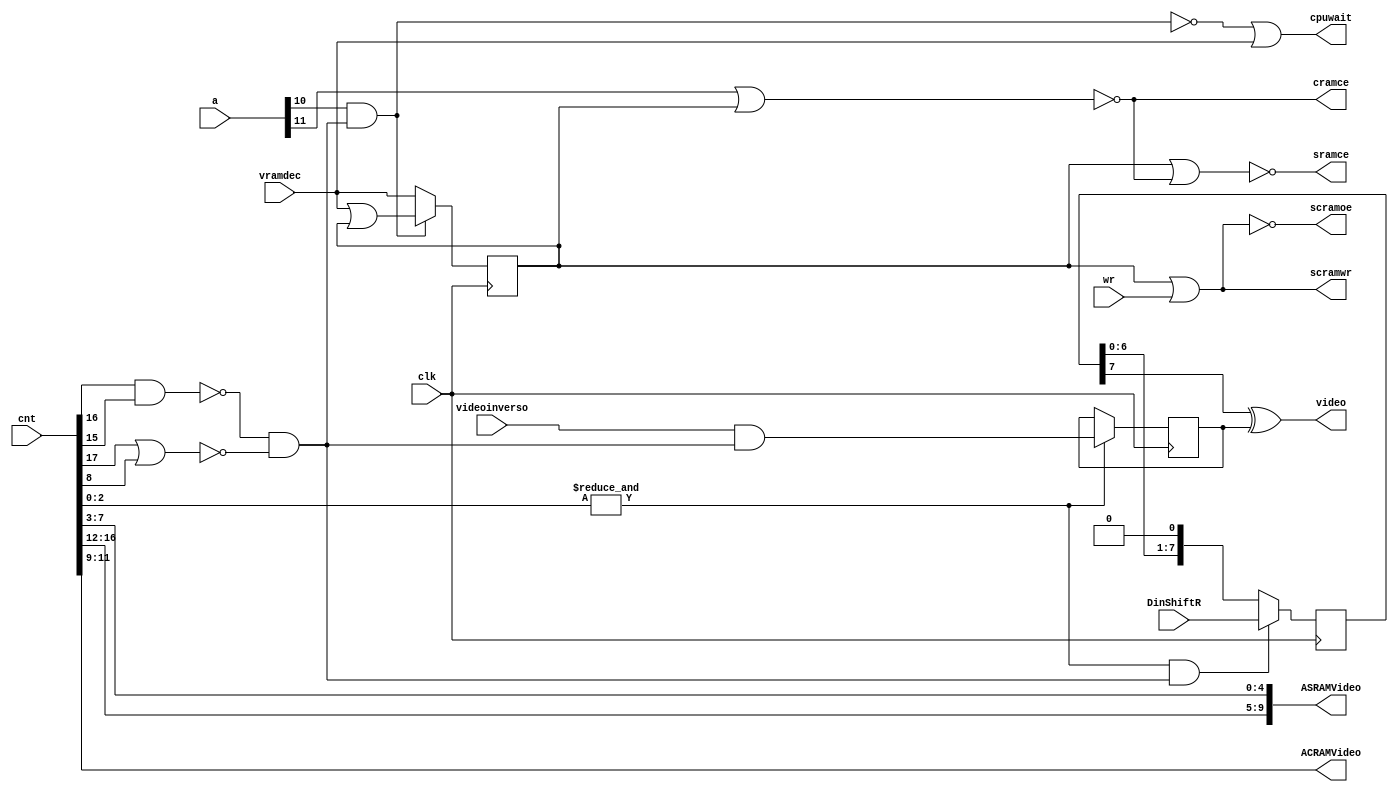
module videogen_and_cpuctrl(
	input wire clk,
	input wire [15:0] a,  
	input wire wr,
	input wire vramdec,     
	input wire [17:0] cnt,  
	input wire [7:0] DinShiftR,  
	input wire videoinverso,      
	output wire cpuwait,    
	output wire [9:0] ASRAMVideo,  
	output wire [2:0] ACRAMVideo,  
	output wire sramce,     
	output wire cramce,     
	output wire scramoe,    
	output wire scramwr,    
	output wire video       
	);
	wire vhold;
	wire viden;
	wire shld;
	reg ffvideoi;     
	reg envramab;    
	reg [7:0] shiftreg;
	assign viden = ~(cnt[16] & cnt[15]) & (~(cnt[17] | cnt[8]));
	assign vhold = ~(a[10] & viden);
	assign cpuwait = vhold | vramdec;
	always @(posedge clk)
		if (vhold)
			envramab <= vramdec;
		else
			envramab <= vramdec | envramab;
	assign cramce = ~(a[11] | envramab);
	assign sramce = ~(envramab | cramce);
	assign scramwr = envramab | wr;
	assign scramoe = ~scramwr;
	assign ASRAMVideo = {cnt[16:12],cnt[7:3]};
	assign ACRAMVideo = cnt[11:9];
	always @(posedge clk)
		if (&cnt[2:0])
			ffvideoi <= (videoinverso & viden);
	assign shld = ~(&cnt[2:0] & viden);
	always @(posedge clk)
		if (shld)
			shiftreg <= shiftreg<<1;
		else
			shiftreg <= DinShiftR;
	assign video = (shiftreg[7] ^ ffvideoi);
endmodule